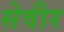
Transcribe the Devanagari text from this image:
सेवीर